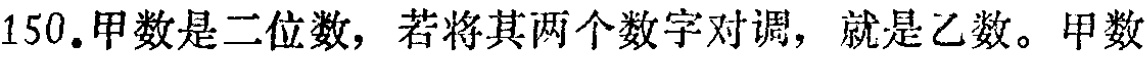
150.甲数是二位数，若将其两个数字对调，就是乙数。甲数